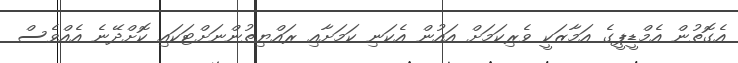
އެގޮތުން އެމްޑީޕީގެ އަމާޒަކީ ވެރިކަމަށް އައުން އެކަނި ކަމަށާއި ރައްޔިތުންނަށްޓަކައި ކޮށްދޭނެ އެއްވެސް